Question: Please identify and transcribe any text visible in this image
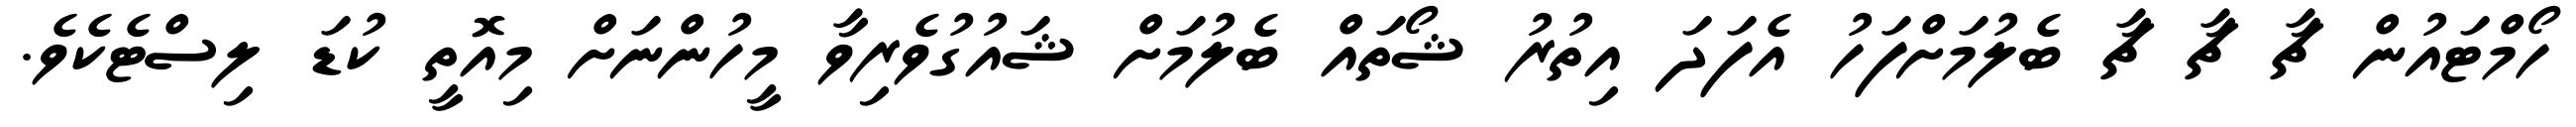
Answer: ހޯމްޓައުން ޗާ ޗާ ޗާ ބެލުމަށްފަހު އެފަދަ އިތުރު ޝޯތައް ބެލުމަށް ޝައުގުވެރިވާ މީހުންނަށް މިއޮތީ ކުޑަ ލިސްޓެކެވެ.